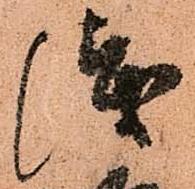
浅